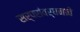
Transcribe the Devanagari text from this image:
सर्पसंवर्धनाचे